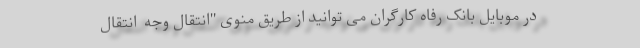
در موبایل بانک رفاه کارگران می توانید از طریق منوی "انتقال وجه  انتقال